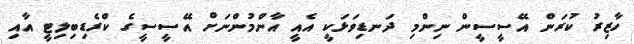
ހާޒިރު ކުރަން އޭސީސީން ނިންމި ދަނޑިވަޅަކީ އެއީ އާންމުންނަށް އޭސީސީގެ ކްރެޑިބިލިޓީ އާއި